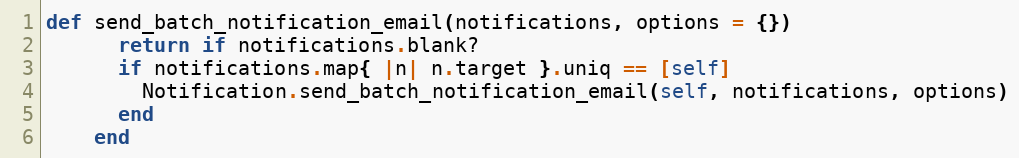
Language: Ruby
def send_batch_notification_email(notifications, options = {})
      return if notifications.blank?
      if notifications.map{ |n| n.target }.uniq == [self]
        Notification.send_batch_notification_email(self, notifications, options)
      end
    end